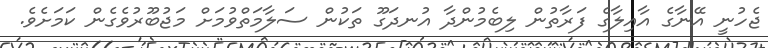
ޖެހުނީ އޭނާގެ އާއިލާގެ ފަރާތުން ލިބެމުންދާ އުނދަގޫ ތަކުން ސަލާމަތްވުމަށް މަޖުބޫރުވެގެން ކަމަށެވެ.